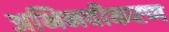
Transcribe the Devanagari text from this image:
अभिनवीकरण